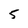
Character: 5